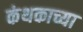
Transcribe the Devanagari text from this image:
कंथकाच्या